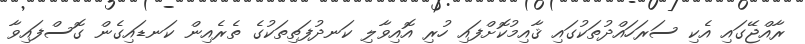
ރާއްޖޭގައި އެކި ސަރަހައްދުތަކުގައި ޤާއިމުކޮށްފައި ހުރި އޮއިވާލި ކަނދުފަތިތަކުގެ ތެރެއިން ކަނޑައިގެން ގޮސްފައިވާ